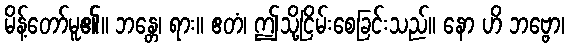
မိန့်တော်မူ၏။ ဘန္တေ၊ ရား။ ဧတံ၊ ဤသို့ငြိမ်းစေခြင်းသည်။ နော ဟိ ဘဗ္ဗော၊